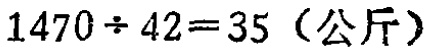
\(1470\div 42 = 35\)（公斤）